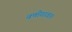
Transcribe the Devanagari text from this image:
वणीगावात